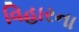
વિહારના